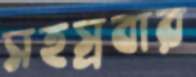
সহস্রবার